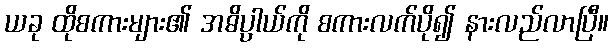
ယခု ထိုစကားများ၏ အဓိပ္ပာယ်ကို စကားလက်ပို၍ နားလည်လာပြီ။